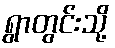
ရွာတွင်းသို့